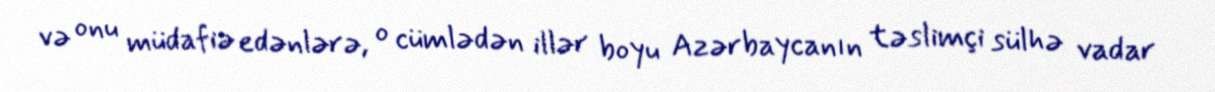
və onu müdafiə edənlərə, o cümlədən illər boyu Azərbaycanın təslimçi sülhə vadar